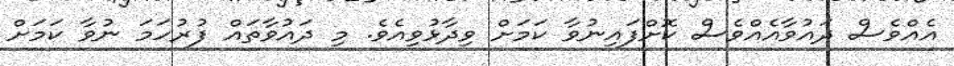
އެއްވެސް ދައުވާއެއްވެސް ކޮށްފައިނުވާ ކަމަށް ވިދާޅުވިއެވެ. މި ދައުވާތައް ފުރުހަމަ ނުވާ ކަމަށް